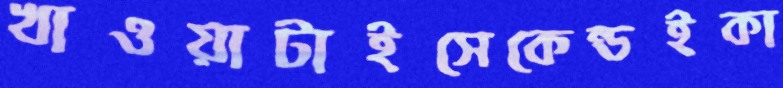
খাওয়াটাইসেকেন্ডইকা